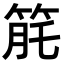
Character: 𥭬